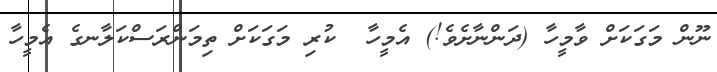
ނޫން މަގަކަށް ވާމީހާ (ދަންނާށެވެ!) އެމީހާ  ކުރި މަގަކަށް ތިމަންރަސްކަލާނގެ އެމީހާ